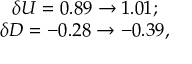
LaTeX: \begin{array} { c l c r } { { \delta U = 0 . 8 9 \to 1 . 0 1 ; } } \\ { { \delta D = - 0 . 2 8 \to - 0 . 3 9 , } } \end{array}